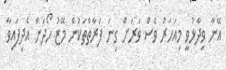
އޭނާ ވިދާޅުވީ މިއަހަރު ވެސް ވަރަށް ގިނަ ފަރާތްތަކުން މޭޒު ހޯދަން އެދިފައިވާ